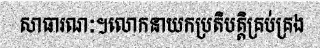
សាធារណៈ។លោកនាយកប្រតិបត្តិគ្រប់គ្រង